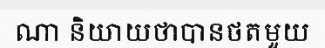
ណា និយាយថាបានថតមួយ